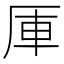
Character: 厙